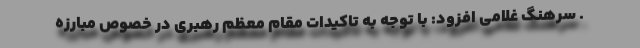
. سرهنگ غلامی افزود: با توجه به تاکیدات مقام معظم رهبری در خصوص مبارزه